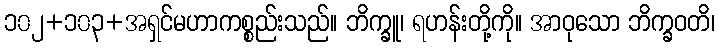
၁၀၂+၁၀၃+အရှင်မဟာကစ္စည်းသည်။ ဘိက္ခူ၊ ရဟန်းတို့ကို။ အာဝုသော ဘိက္ခဝတိ၊